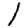
Digit: 1